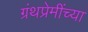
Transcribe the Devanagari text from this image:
ग्रंथप्रेमींच्या